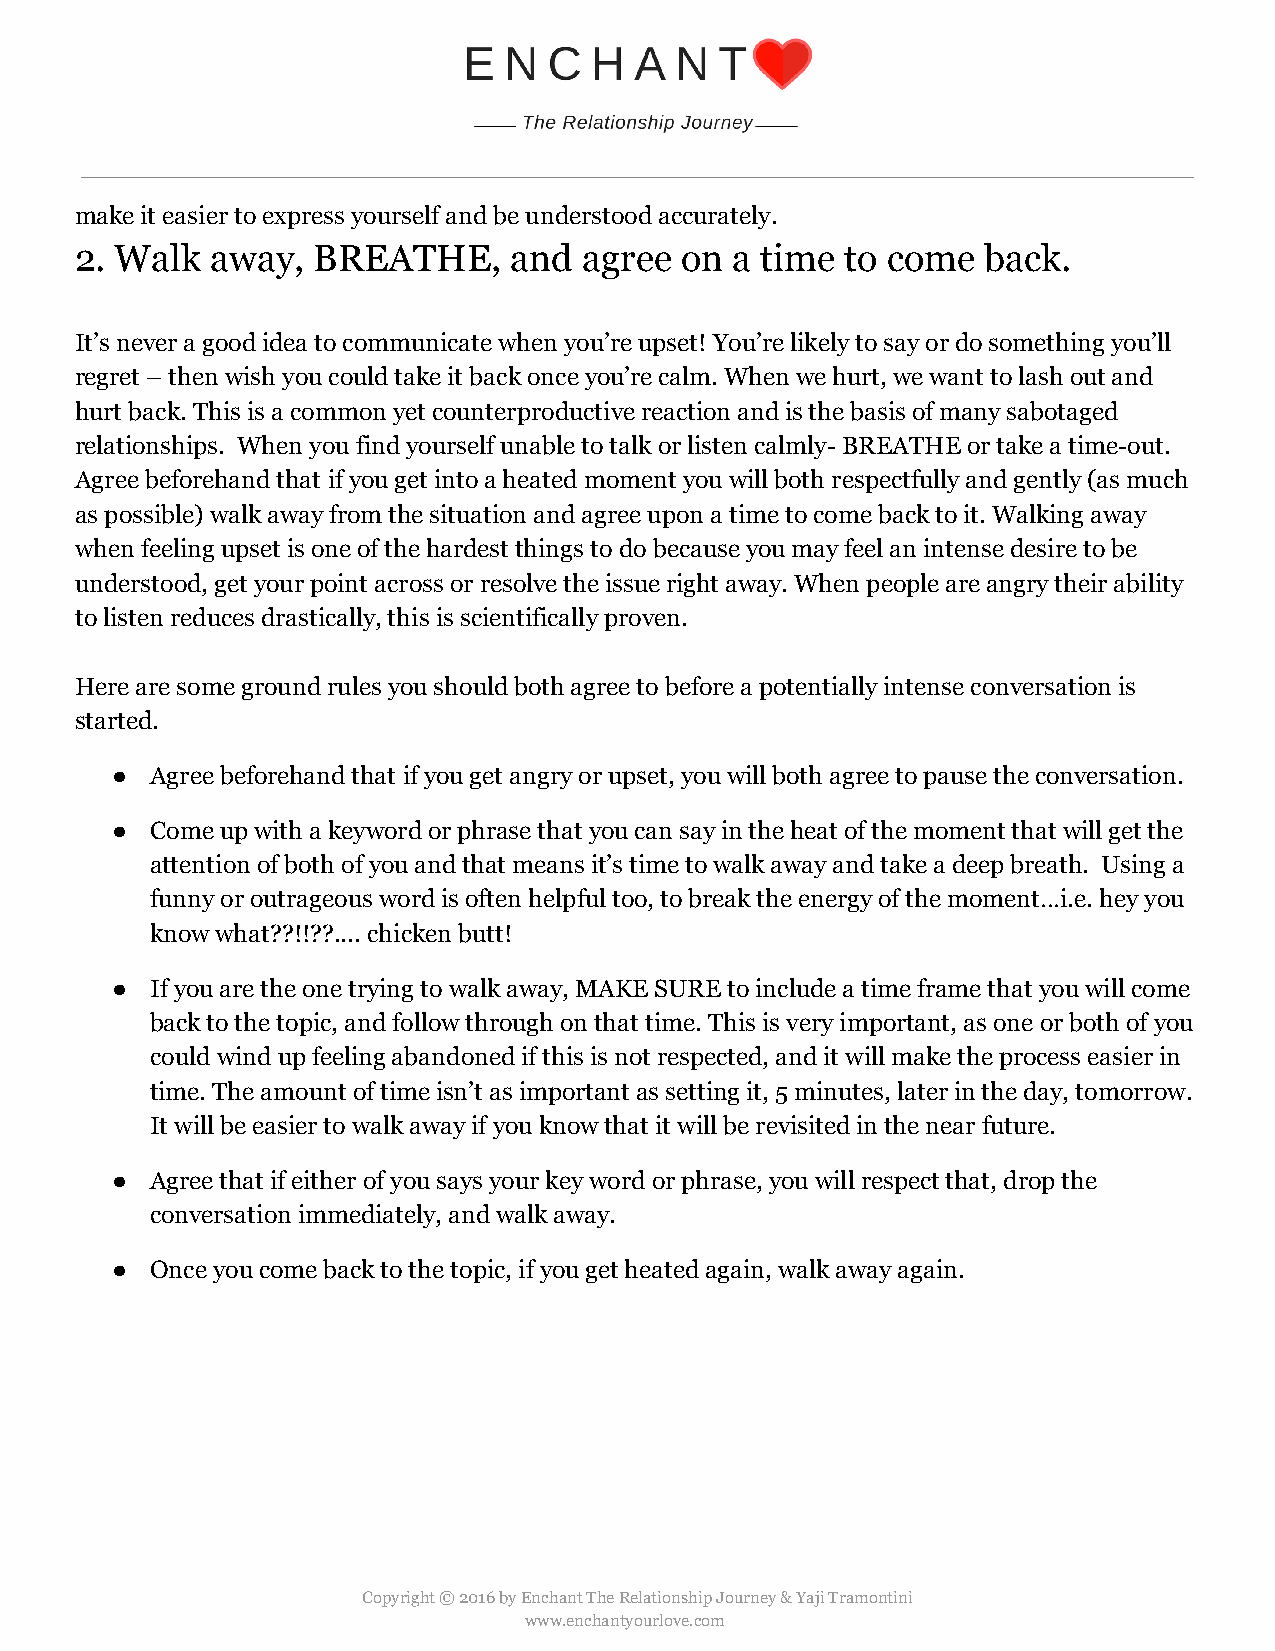
make it easier to express yourself and be understood accurately.
 2. Walk  away,  BREATHE,     and  agree on  a time to come  back.
 It’s never a good idea to communicate when you’re upset! You’re likely to say or do something you’ll
 regret – then wish you could take it back once you’re calm. When we hurt, we want to lash out and
 hurt back. This is a common yet counterproductive reaction and is the basis of many sabotaged
 relationships. When you find yourself unable to talk or listen calmly- BREATHE or take a time-out.
 Agree beforehand that if you get into a heated moment you will both respectfully and gently (as much
 as possible) walk away from the situation and agree upon a time to come back to it. Walking away
 when feeling upset is one of the hardest things to do because you may feel an intense desire to be
 understood, get your point across or resolve the issue right away. When people are angry their ability
 to listen reduces drastically, this is scientifically proven.
 Here are some ground rules you should both agree to before a potentially intense conversation is
 started.
 ●  Agree beforehand that if you get angry or upset, you will both agree to pause the conversation.
 ●  Come up with a keyword or phrase that you can say in the heat of the moment that will get the
 attention of both of you and that means it’s time to walk away and take a deep breath. Using a
 funny or outrageous word is often helpful too, to break the energy of the moment…i.e. hey you
 know what??!!??.... chicken butt!
 ●  If you are the one trying to walk away, MAKE SURE to include a time frame that you will come
 back to the topic, and follow through on that time. This is very important, as one or both of you
 could wind up feeling abandoned if this is not respected, and it will make the process easier in
 time. The amount of time isn’t as important as setting it, 5 minutes, later in the day, tomorrow.
 It will be easier to walk away if you know that it will be revisited in the near future.
 ●  Agree that if either of you says your key word or phrase, you will respect that, drop the
 conversation immediately, and walk away.
 ●  Once you come back to the topic, if you get heated again, walk away again.
 Copyright © 2016 by Enchant The Relationship Journey & Yaji Tramontini
 www.enchantyourlove.com